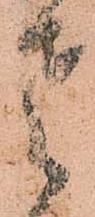
老